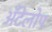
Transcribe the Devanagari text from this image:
अँटेलोप